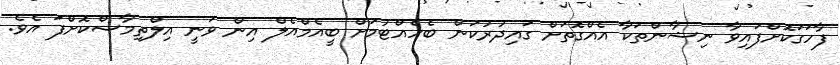
ފާހަގަކޮށްފައިވާ ނިޝާންތަކާ އެއްގޮތަށް ގައިދުރުކަން ބެހެއްޓުމަަށް ބީއެމްއެލް އިން ވަނީ އިލްތިމާސްކޮށްފަ އެވެ.